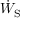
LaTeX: { \dot { W } } _ { \mathrm { S } }